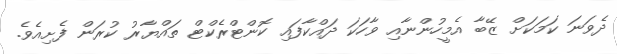
ދެވަނަ ކަމަކަށް ޒޭބާ އެމީހުންނާއި ވާހަކަ ދައްކާފައި ކޮންޓްރެކްޓް ތައްޔާރު ކުރަން ފެށިއެވެ.